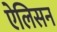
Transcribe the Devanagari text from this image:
ऐलिसन